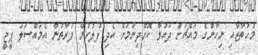
މުހުތާޒާއި ނިހާނުގެ މައްޗަށް ދައުވާ ކޮށްދިނުމަށް އެދި ފުލުހުން ފަރާތުން އެމައްސަލަ ޕީޖީ